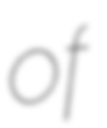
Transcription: of